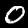
Label: 0